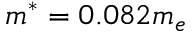
m ^ { * } = 0 . 0 8 2 m _ { e }